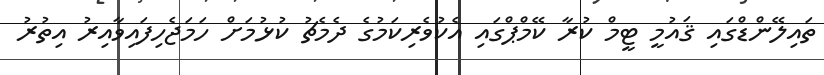
ތައިލޭންޑްގައި ޤައުމީ ޓީމް ކުރާ ކޭމްޕްގައި އެކުވެރިކަމުގެ ދެމެޗު ކުޅުމަށް ހަމަޖެހިފައިވާއިރު އިތުރު